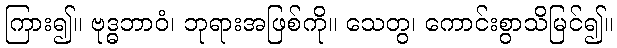
ကြား၍။ ဗုဒ္ဓဘာဝံ၊ ဘုရားအဖြစ်ကို။ သေတွ၊ ကောင်းစွာသိမြင်၍။